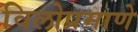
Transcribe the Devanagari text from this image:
विलोप्रमाणे